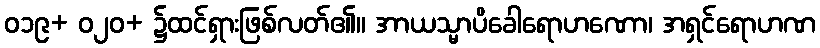
ဝ၁၉+ ဝ၂၀+ ၌ထင်ရှားဖြစ်လတ်၏။ အာယသ္မာပိခေါရောဟဏော၊ အရှင်ရောဟဏ